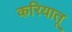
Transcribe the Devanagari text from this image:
करियातू